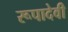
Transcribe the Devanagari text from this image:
रूपादेवी